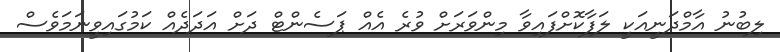
ލިބުނު އާމްދަނީއަކީ ލަފާކޮށްފައިވާ މިންވަރަށް ވުރެ އެއް ޕަސެންޓް ދަށް އަދަދެއް ކަމުގައިވީނަމަވެސް